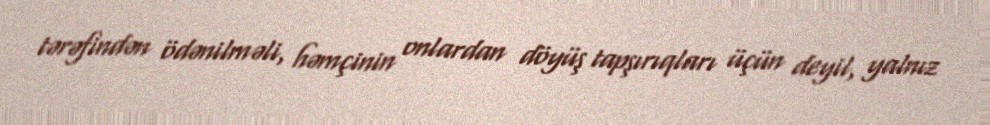
tərəfindən ödənilməli, həmçinin onlardan döyüş tapşırıqları üçün deyil, yalnız